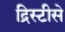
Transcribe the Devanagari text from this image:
द्रिस्टीसे